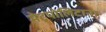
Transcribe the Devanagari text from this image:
मेट्रपोलिटाना